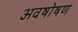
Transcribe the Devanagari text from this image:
अवषोषण